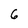
Character: 6